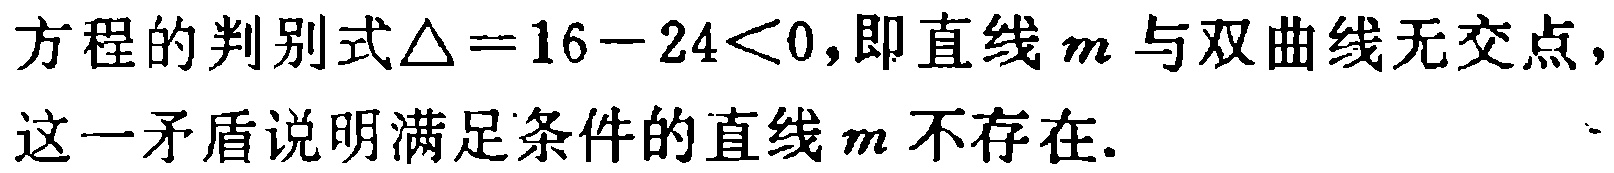
方程的判别式$\triangle = 16 - 24 < 0$,即直线$m$与双曲线无交点，这一矛盾说明满足条件的直线$m$不存在.